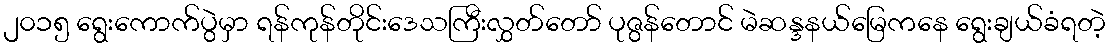
၂၀၁၅ ရွေးကောက်ပွဲမှာ ရန်ကုန်တိုင်းဒေသကြီးလွှတ်တော် ပုဇွန်တောင် မဲဆန္ဒနယ်မြေကနေ ရွေးချယ်ခံရတဲ့